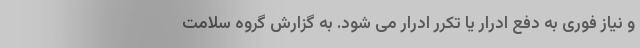
و نیاز فوری به دفع ادرار یا تکرر ادرار می شود. به گزارش گروه سلامت